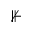
\nVdash